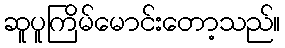
ဆူပူကြိမ်မောင်းတော့သည်။